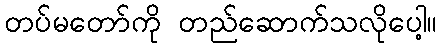
တပ်မတော်ကို တည်ဆောက်သလိုပေါ့။